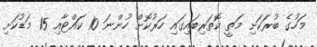
މަހުގެ ބުރަކަށި މަތީ ކޮތަރިބައިގައި ހަރުކޮށް ހުންނަ 10 ކައްޓާއި 15 މަޑުކަށި